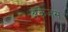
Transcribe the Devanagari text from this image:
अकेजंस